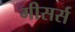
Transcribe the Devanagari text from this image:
गीसर्स